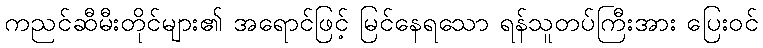
ကညင်ဆီမီးတိုင်များ၏ အရောင်ဖြင့် မြင်နေရသော ရန်သူတပ်ကြီးအား ပြေးဝင်